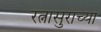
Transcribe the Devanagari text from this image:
रत्नासुराच्या